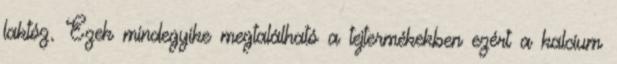
laktóz. Ezek mindegyike megtalálható a tejtermékekben ezért a kalcium